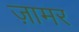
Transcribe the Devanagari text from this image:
ज़ामर